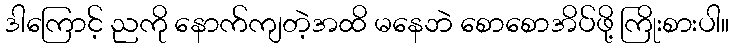
ဒါကြောင့် ညကို နောက်ကျတဲ့အထိ မနေဘဲ စောစောအိပ်ဖို့ ကြိုးစားပါ။